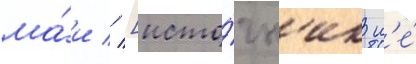
ма́и // [исто́чн'ик н'е́